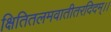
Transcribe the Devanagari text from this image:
क्षितितलमवातीतरदिदम्।।